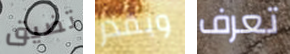
تضيق وبقدر تعرف